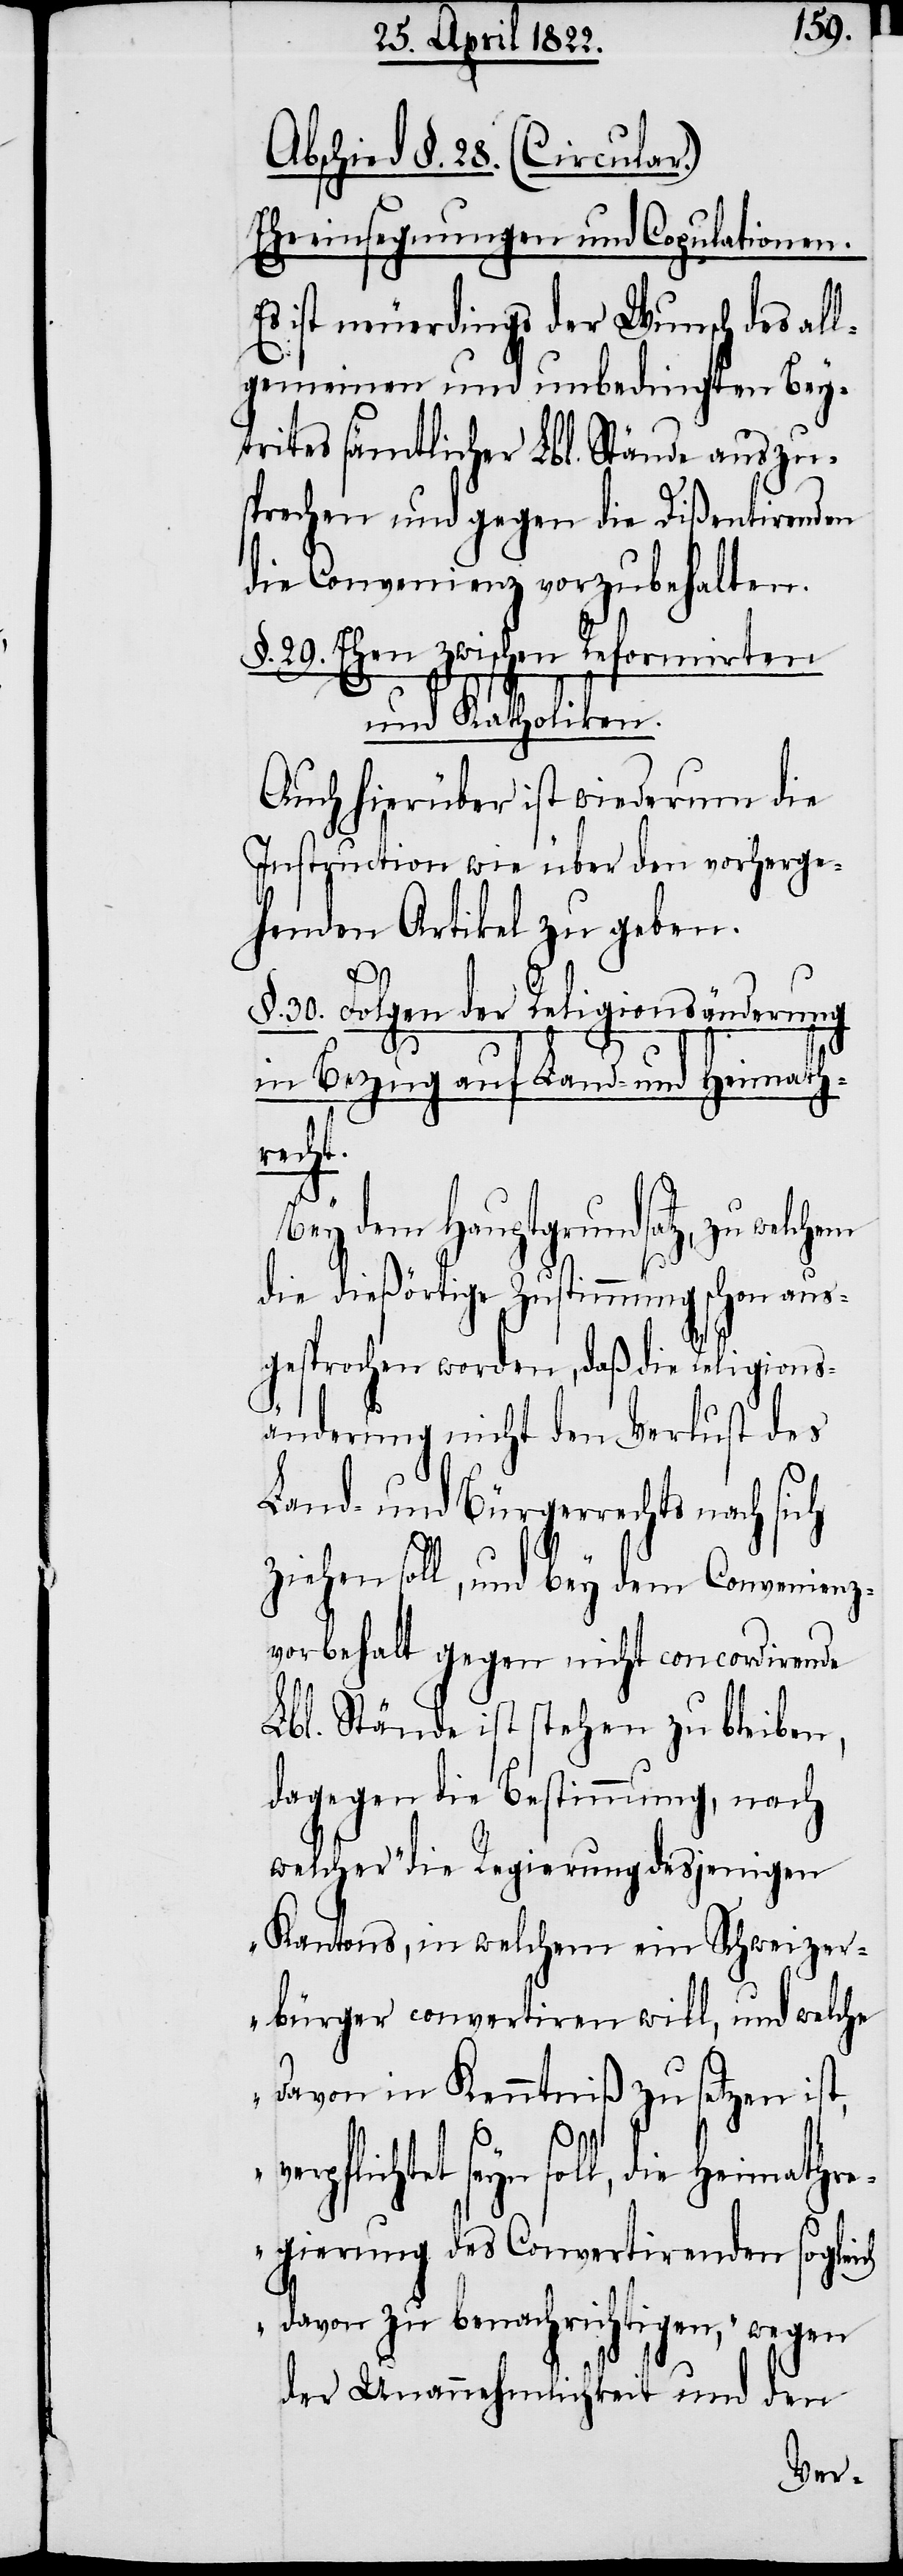
Abschied §. 28. (Circular.)
Eheeinsegnungen und Copulationen.
Es ist neuerdings der Wunsch des all¬
gemeinen und unbedingten Bey¬
trites sämtliche Lbl. Stände auszu¬
sprechen und gegen die Dißentirenden
die Convenienz vorzubehalten.
§. 29. Ehen zwischen Reformirten
und Katholiken.
Auch hierüber ist wiederum die
Instruction wie über den vorherge¬
henden Artikel zu geben.
§. 30. folgen der Religionsänderung
in Bezug auf Land- und Heimath¬
sich
Bey dem Hauptgrundsatz,
die dießörtige Zustimmung schon aus¬
gesprochen worden, daß die Religions¬
änderung nicht den Verlust des
Land- und Bürgerrechts nach
ziehen soll, und bey dem Convenien¬
zvorbehalt gegen nicht concordirende
Lbl. Stände ist stehen zu bleiben,
dagegen die Bestimmung, nach
welcher die Regierung desjenigen
Kantons, in welchem ein Schweizer¬
bürger convertiren will, und welche
davon in Kenntniß zu setzen ist,
pflichtet seyn soll, die Heimathr¬
egierung des Convertirenden sogleich
davon zu benachrichtigen, „wegen
der Unannehmlichkeit und den
ver¬